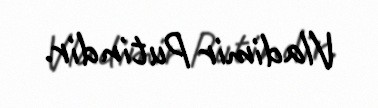
Vladimir Putindir.